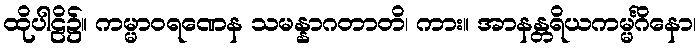
ထိုပါဠိ၌။ ကမ္မာဝရဏေန သမန္နာဂတာတိ၊ ကား။ အာနန္တရိယကမ္မင်္ဂိနော၊